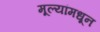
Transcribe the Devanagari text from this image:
मूल्‍यांमधून